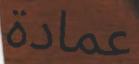
عمادة